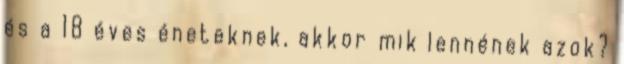
és a 18 éves éneteknek, akkor mik lennének azok?